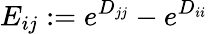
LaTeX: E_{ij}:=e^{D_{jj}}-e^{D_{ii}}